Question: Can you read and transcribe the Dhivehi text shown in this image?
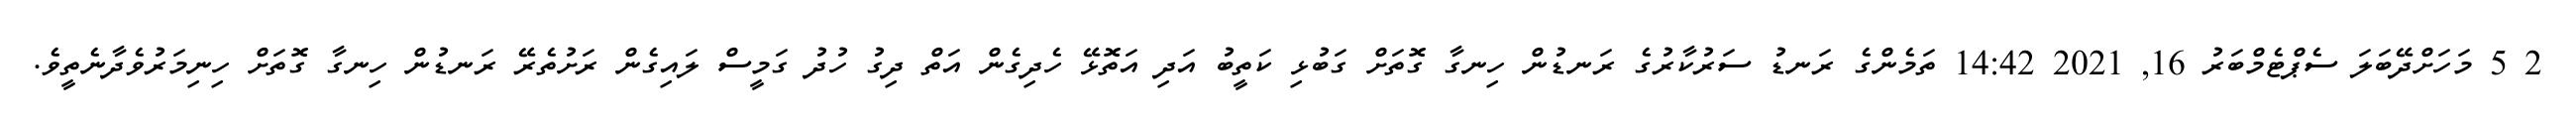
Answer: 2 5 މަހަށްދޭބަލަ ސެޕްޓެމްބަރު 16, 2021 14:42 ތަމެންގެ ރަނޑު ސަރުކާރުގެ ރަނޑުން ހިނގާ ގޮތަށް ގަބުޅި ކަތީބު އަދި އަތޮޅޭ ހެދިގެން އަތް ދިގު ހުދު ގަމީސް ލައިގެން ރަށުތެރޭ ރަނޑުން ހިނގާ ގޮތަށް ހިނިމަރުވެދާނެތީވެ.